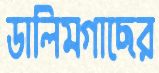
ডালিমগাছের